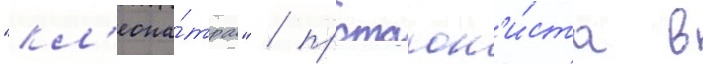
"кл'еопа́тра" / протагон'и́ста в